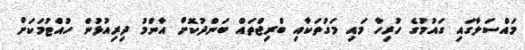
މައްސަލާގައި ގައުމުގެ ހުރިހާ މައި މަގުތަކާއި ބްރިޖްތައް ބަންދުކޮށް އާންމު ދިރިއުޅުން ހުއްޓުމަކަށް